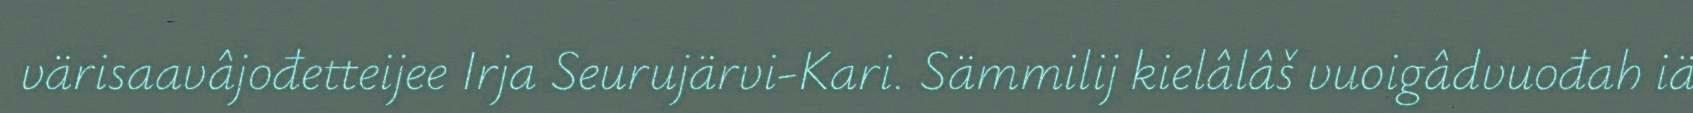
värisaavâjođetteijee Irja Seurujärvi-Kari. Sämmilij kielâlâš vuoigâdvuođah iä